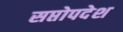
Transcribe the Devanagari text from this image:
सप्तोपदेश